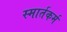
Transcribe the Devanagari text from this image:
स्मार्तकर्म